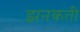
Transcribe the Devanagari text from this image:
झनकती